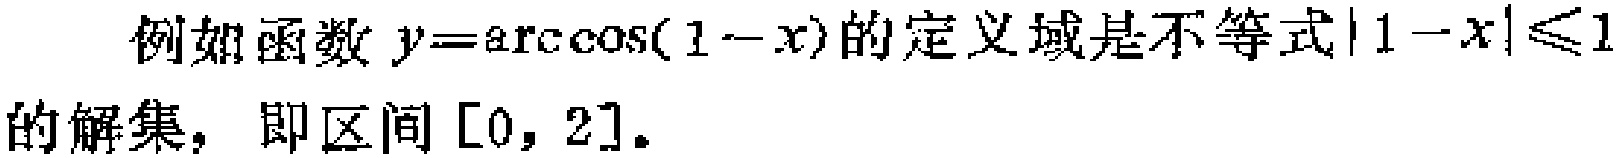
例如函数 \(y = \arccos(1 - x)\)的定义域是不等式\(\vert 1 - x\vert\leqslant1\)的解集，即区间\([0, 2]\)。